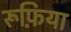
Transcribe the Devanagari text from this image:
रूफ़िया